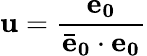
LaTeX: \mathbf{u}=\frac{\mathbf{e_{0}}}{\mathbf{\bar{e}_{0}}\cdot\mathbf{e_{0}}}